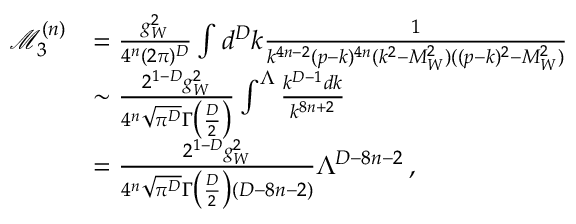
\begin{array} { r l } { \mathcal { M } _ { 3 } ^ { ( n ) } } & { = \frac { g _ { W } ^ { 2 } } { 4 ^ { n } ( 2 \pi ) ^ { D } } \int d ^ { D } k \frac { 1 } { k ^ { 4 n - 2 } ( p - k ) ^ { 4 n } ( k ^ { 2 } - M _ { W } ^ { 2 } ) ( ( p - k ) ^ { 2 } - M _ { W } ^ { 2 } ) } } \\ & { \sim \frac { 2 ^ { 1 - D } g _ { W } ^ { 2 } } { 4 ^ { n } \sqrt { \pi ^ { D } } \Gamma \big ( \frac { D } { 2 } \big ) } \int ^ { \Lambda } \frac { k ^ { D - 1 } d k } { k ^ { 8 n + 2 } } } \\ & { = \frac { 2 ^ { 1 - D } g _ { W } ^ { 2 } } { 4 ^ { n } \sqrt { \pi ^ { D } } \Gamma \big ( \frac { D } { 2 } \big ) ( D - 8 n - 2 ) } \Lambda ^ { D - 8 n - 2 } \, , } \end{array}